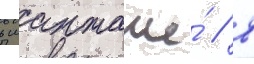
в шантаже́ / в